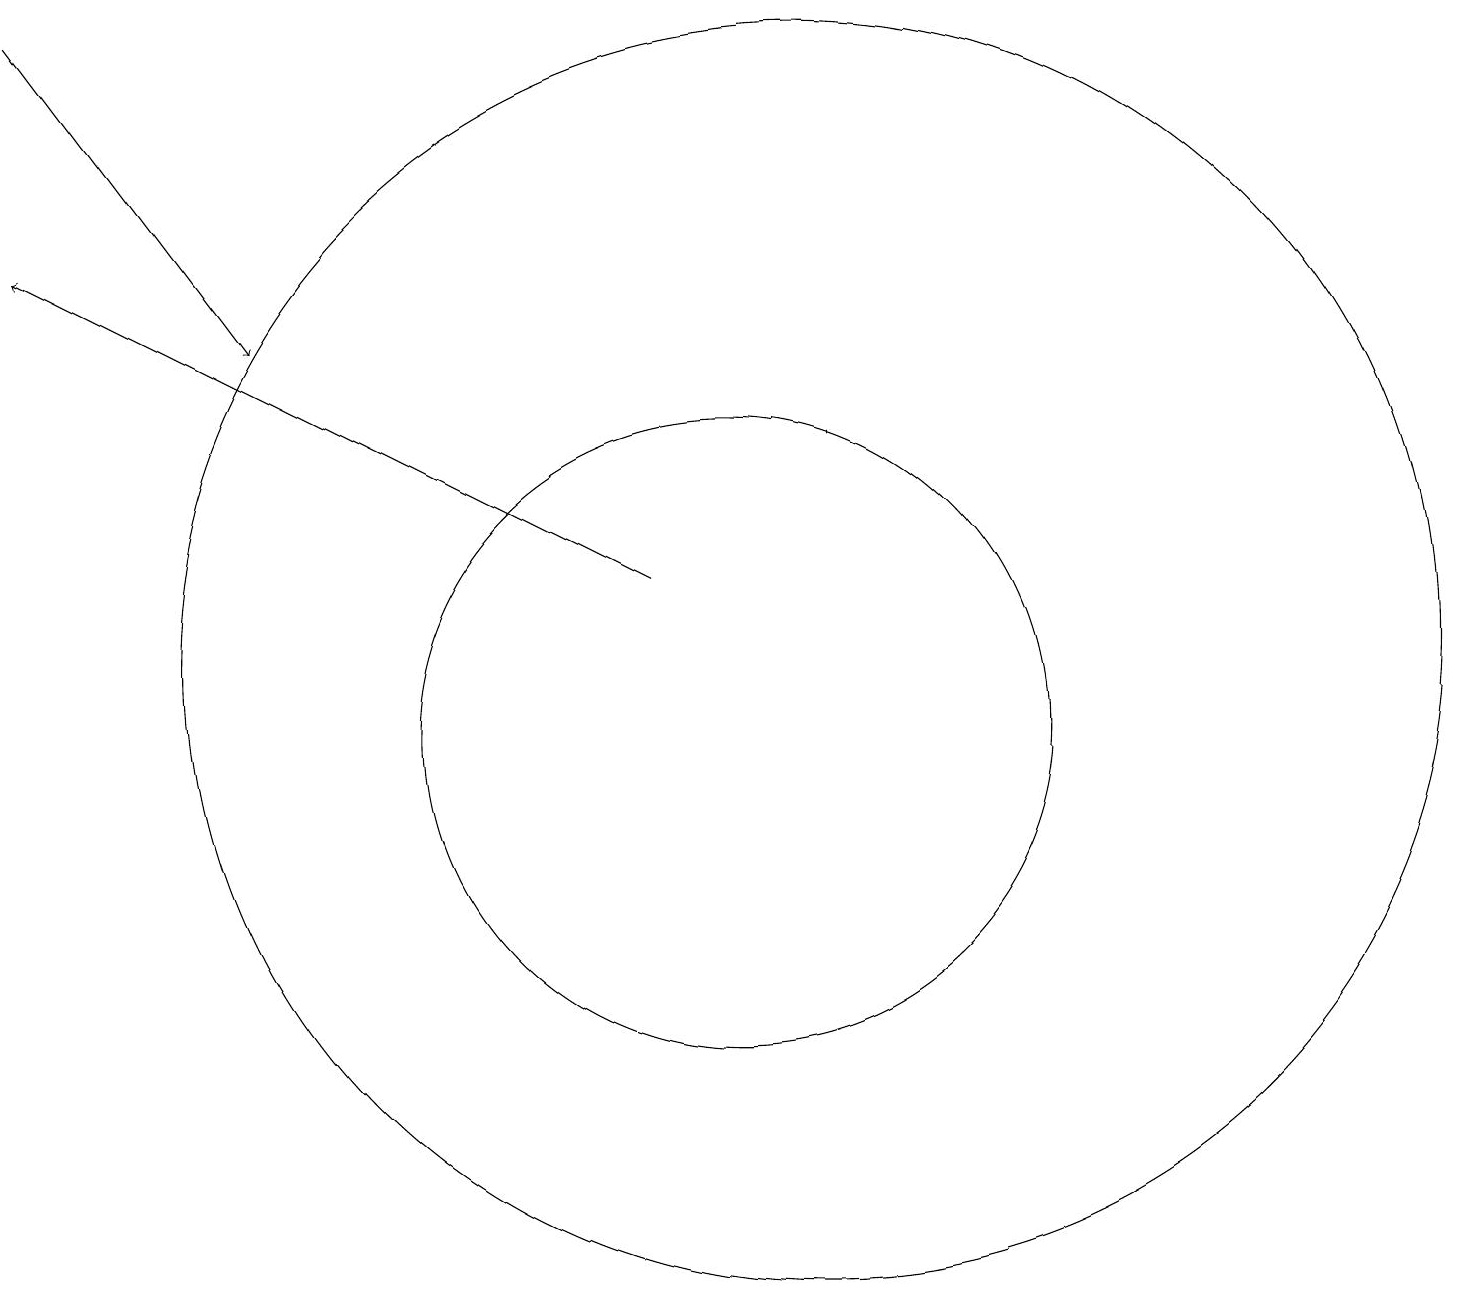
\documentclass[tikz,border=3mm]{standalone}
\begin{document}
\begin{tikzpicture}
\draw (10,10) circle (4);
\draw[->] (1,19) -- (4,15);
\draw (11,11) circle (8);
\draw[->] (9,12) -- (1,16);
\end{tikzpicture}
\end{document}